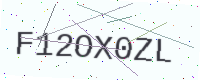
Text: F12OX0ZL